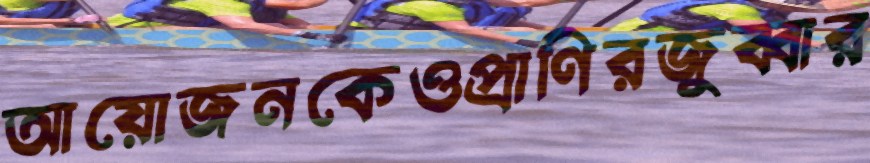
আয়োজনকেওপ্রাণিরজুব্বার